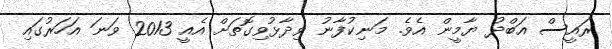
ރައީސް އަބްދު ޔާމީން އެވެ. މަނިކުފާނު ވިދާޅުވިގޮތަށް އެއީ 2013 ވަނަ އަހަރުގައި